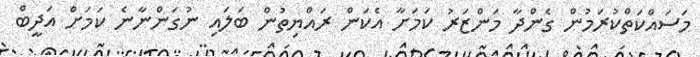
މަސައްކަތްކުރަމުން ގެންދާ މަންޒަރު ކަމަށާ އެކަން ރައްޔިތުން ބަލައި ނުގަންނާނެ ކަމަށް އަދީބް